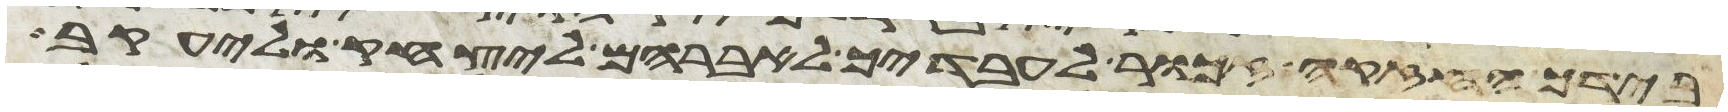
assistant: בידך החזקה זכור לעבדיך לאברהם ליצחק וליעקב